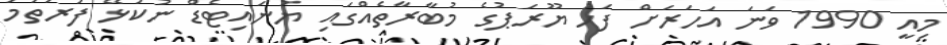
މިއީ 1990 ވަނަ އަހަރަށް ފަހު ޔޫރަޕުގެ މުބާރާތެއްގައި ޔުނައިޓެޑް ނުކުޅޭ ފުރަތަމަ